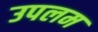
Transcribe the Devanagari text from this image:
उपलम